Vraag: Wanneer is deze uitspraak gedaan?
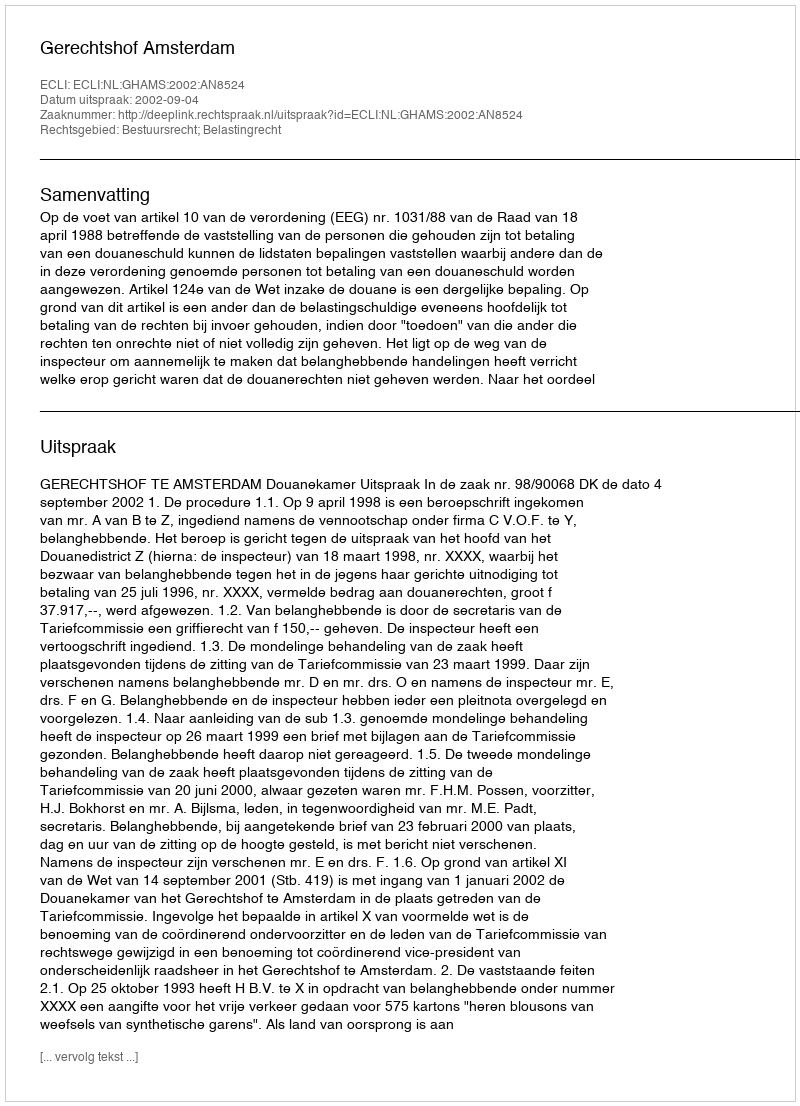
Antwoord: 2002-09-04